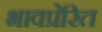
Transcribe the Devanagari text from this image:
भावप्रेरित